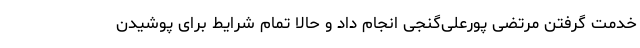
خدمت گرفتن مرتضی پورعلی‌گنجی انجام داد و حالا تمام شرایط برای پوشیدن